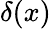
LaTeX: δ(x)